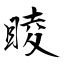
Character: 睖